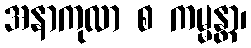
အနာကုလာ စ ကမ္မန္တာ၊